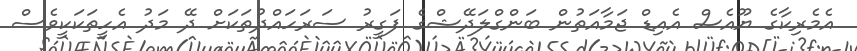
އެމެރިކާގެ ޔޫއެސް އެއިޑް ޖަމާއަތުން ބަންގްލަދޭޝްގެ ފަގީރު ސަރަހައްދުތަކަށް ދޭ މަދު އެހީތަކަކީވެސް